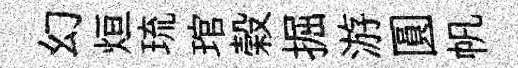
幻烜琉琯榖掘游圓帆